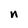
Character: n